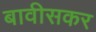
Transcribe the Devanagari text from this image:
बावीसकर